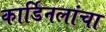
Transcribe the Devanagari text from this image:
कार्डिनलांचा